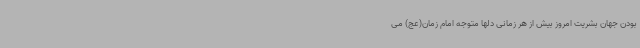
بودن جهان بشریت امروز بیش از هر زمانی دلها متوجه امام زمان(عج) می